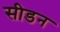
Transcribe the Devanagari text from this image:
सीडन